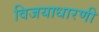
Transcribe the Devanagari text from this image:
विजयाधारणी